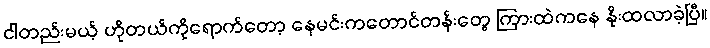
ငါတည်းမယ့် ဟိုတယ်ကိုရောက်တော့ နေမင်းကတောင်တန်းတွေ ကြားထဲကနေ နိုးထလာခဲ့ပြီ။